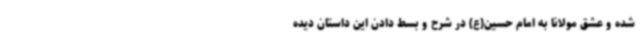
شده‌ و عشق مولانا به امام حسین(ع) در شرح و بسط دادن این داستان دیده